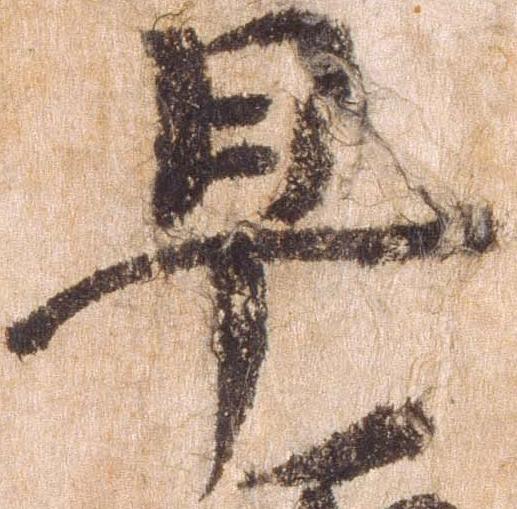
早